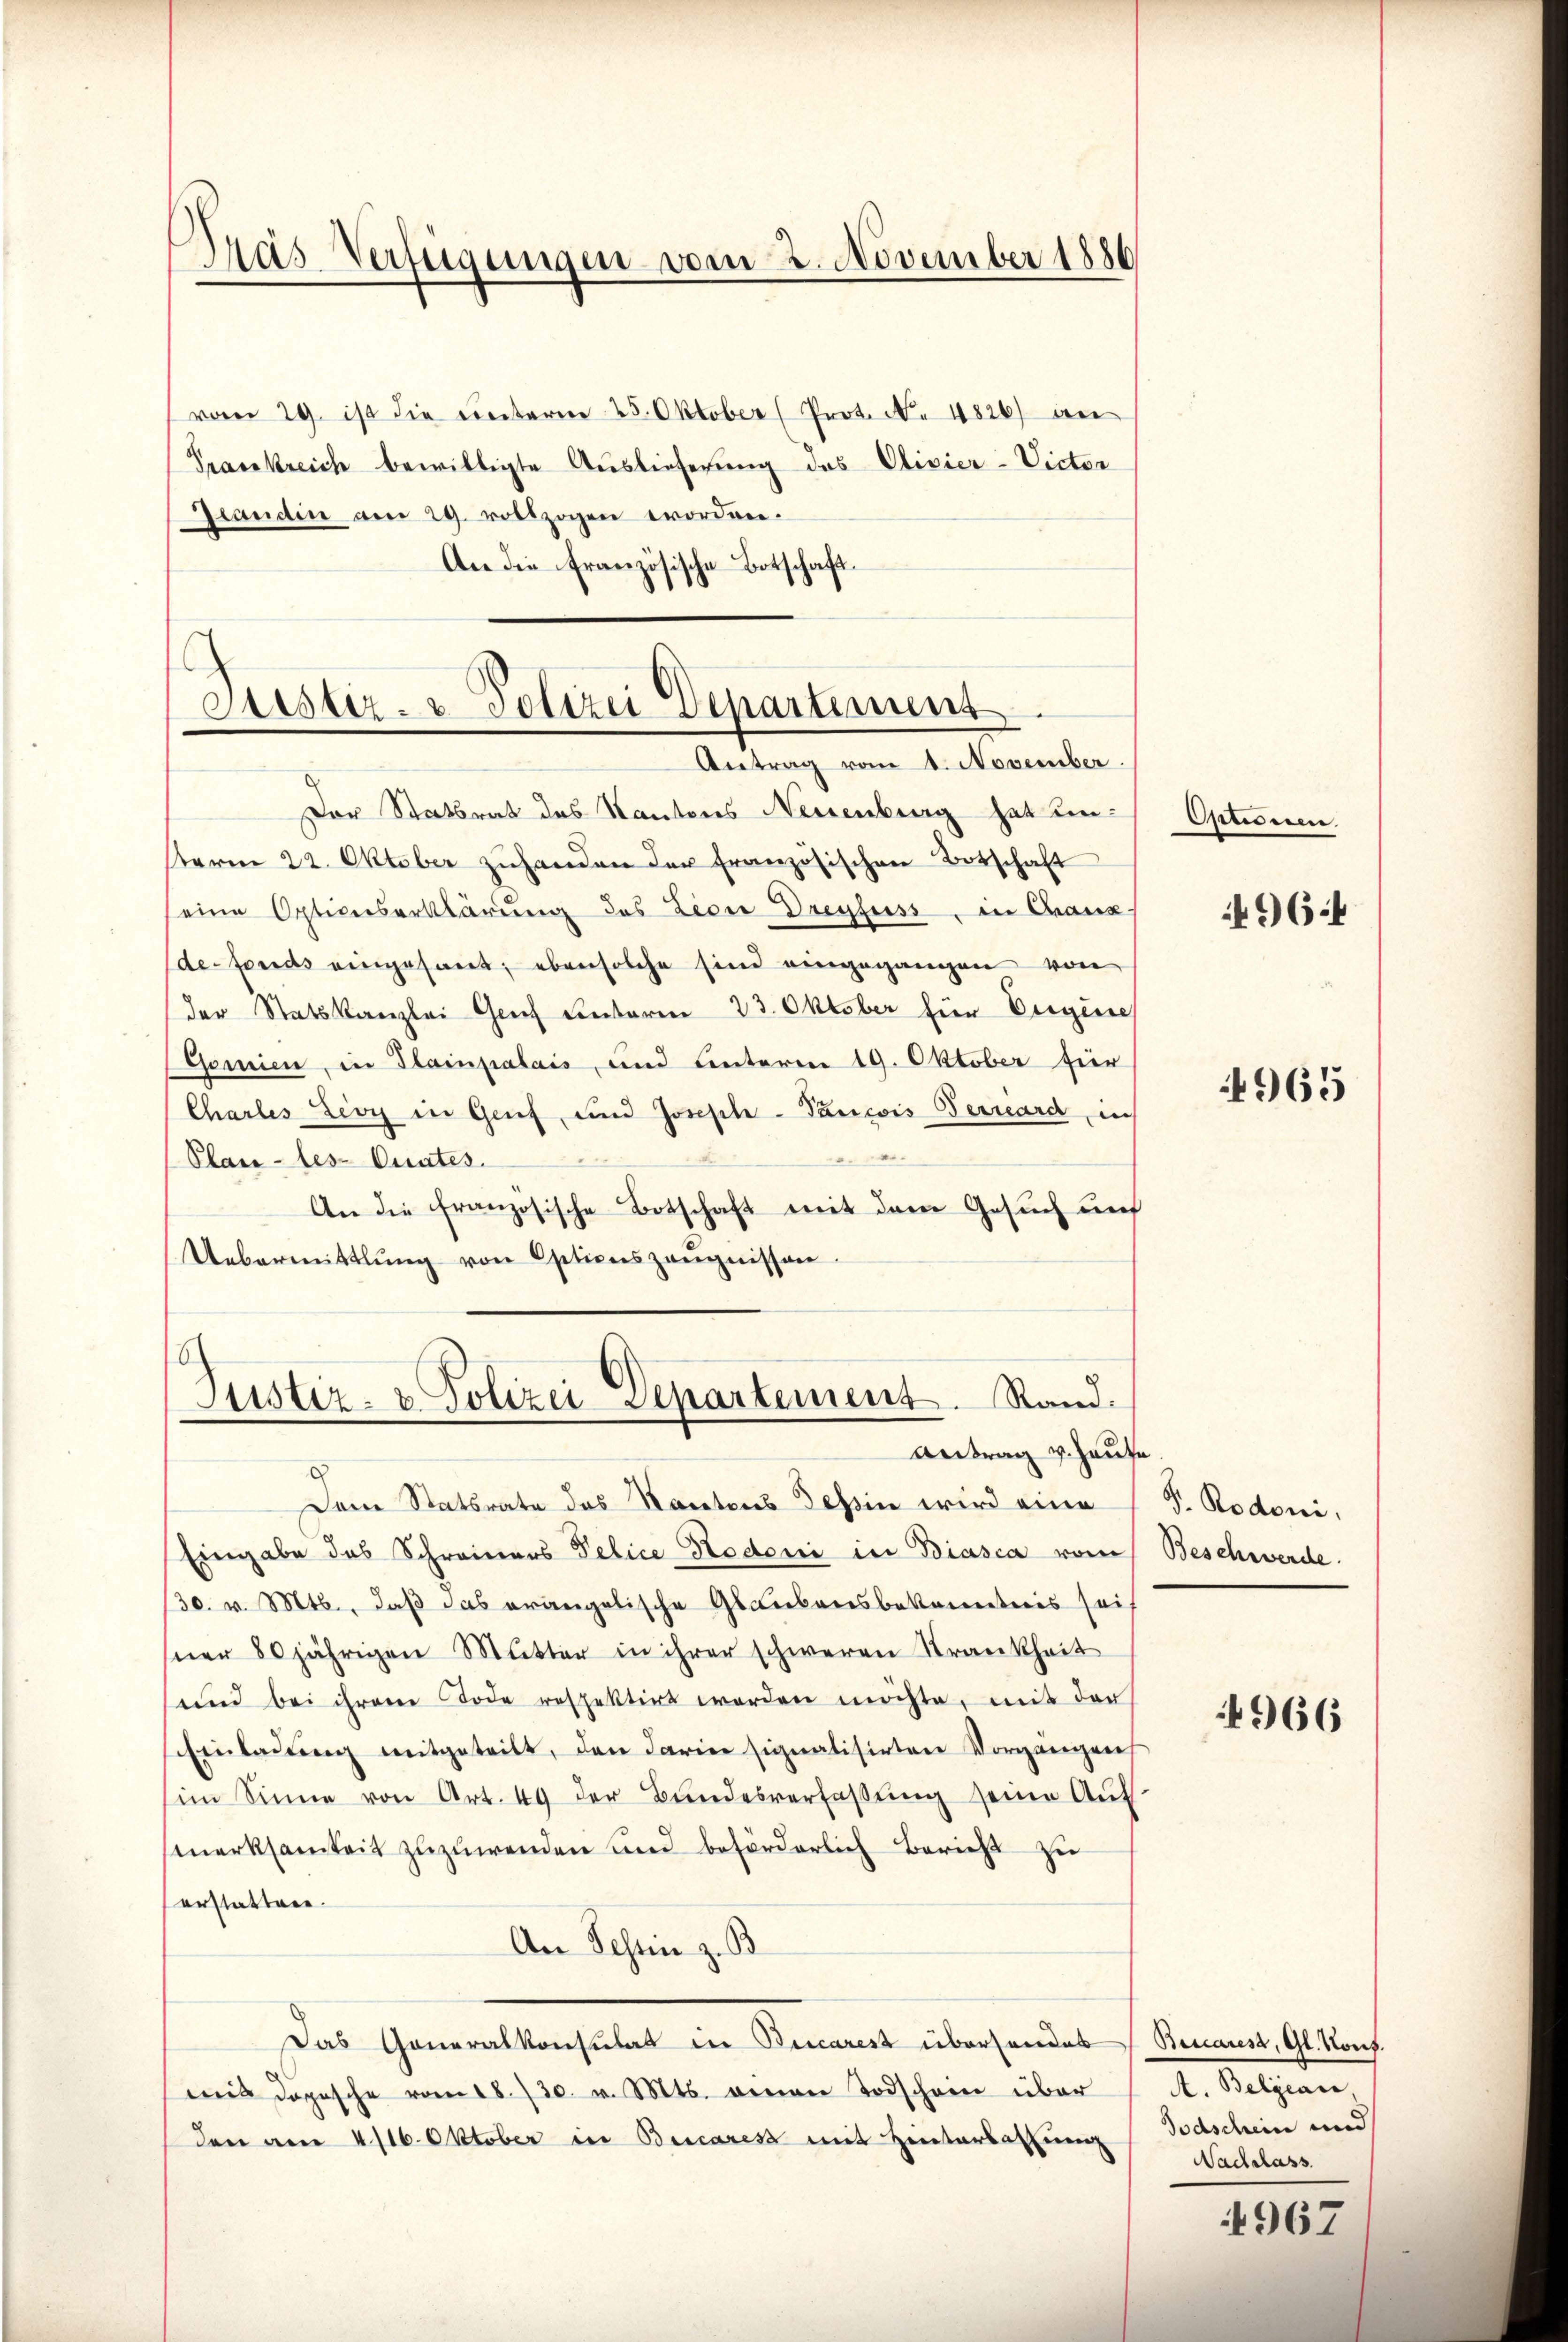
Pras Verfügungen vom 2. November 1886

vom 29. ist die unterm 25. Oktober (Prot. N. 4826) an
Prasskreich bewilligte Auslieferung des Olivier-Victor
Grandin am 29. vollzogen erordnen.
An die Französische Botschaft

Siester- u Polizei Departement
Antrag vom 1. November

Der Statsrat des Kantons Neuenburg hat unterm 22. Oktober zŭhanden der französischen Botschaft
eine Optionserklärung des Lici Dreyfuss, in Chaux
defonds eingesant; ebensolche sind eingegangen von
der Statskanzlei Graf Centoren 23. Oktober hier Eigene
Gomien, in Plainpalais, und unterm 19. Oktober für
Charles Lioy in Genf, und Joseph-Pancois Berrard, in
Plan-les- Curates.
An die französische Botschaft mit dem Gesuch und
Uebermittlung von Optionszeŭgnissen.

6
Justiz- & Polizei Departement. Rand:
Antrag v. Hause.

Dem Statsrate des Kantons Tessin wird eine
Eingabe das Schreiners Pelice Nedoni in Biasca vom
30. v. Mts., daß das orangelische Glaubensbekanntnis seit
sner 80jährigen Mutter in ihrer schweren Krankheit
und bei ihrem Tode respektirt worden möchte, mit der
Einladŭng mitgeteilt, den darie signalisirten Vorgangene
im Sinne von Art. 49 der Bundesverfassung seine Auf
merksamkeit zuzuwenden und beförderlich Bericht zu
erstatten.
An Schin z. B.
Das Generalkonsulat in Bucarest überhandes (Beuares, Gl. Konf.
mit Depesche vom 18. 730. v. Mts. einen Todschein über
den am 4/16. Oktober in Burcares mit Hinterlassung

Optionen
4964

4965

F. Rodoni,
Beschwerde.

966

A. Beljean,
Todschein und
Nachslass

4967